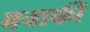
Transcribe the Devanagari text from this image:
बनाकी